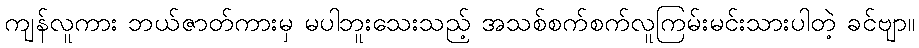
ကျန်လူကား ဘယ်ဇာတ်ကားမှ မပါဘူးသေးသည့် အသစ်စက်စက်လူကြမ်းမင်းသားပါတဲ့ ခင်ဗျာ။